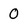
Character: 0